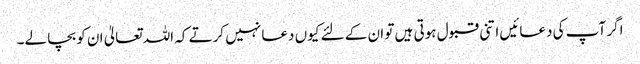
اگر آپ کی دعائیں اتنی قبول ہوتی ہیں تو ان کے لئے کیوں دعا نہیں کرتے کہ اللہ تعالیٰ ان کو بچا لے۔